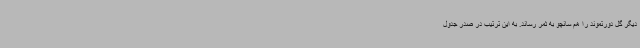
دیگر گل دورتموند را هم سانچو به ثمر رساند. به این ترتیب در صدر جدول